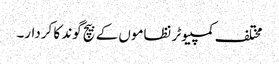
مختلف کمپیوٹر نظاموں کے بیچ گوند کا کردار۔